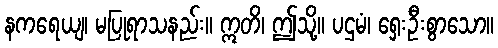
နကရေယျ၊ မပြုရာသနည်း။ ဣတိ၊ ဤသို့။ ပဌမံ၊ ရှေးဦးစွာသော။